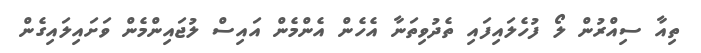
ތިއާ ސިއްރުން ލޯ ފުހެލައިފައި ތެދުވިތަނާ އެހެން އެންމެން އައިސް ލުޖައިންމެން ވަށައިލައިގެން